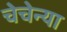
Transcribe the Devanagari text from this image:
चेचेन्या